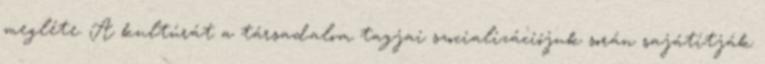
megléte. A kultúrát a társadalom tagjai szocializációjuk során sajátítják